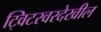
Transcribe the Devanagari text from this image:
ट्विटरवरदेखील